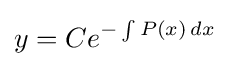
y=Ce^{-\int P(x)\,dx}